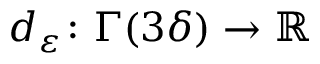
d _ { \varepsilon } \colon \Gamma ( 3 \delta ) \to \ensuremath { \mathbb { R } }